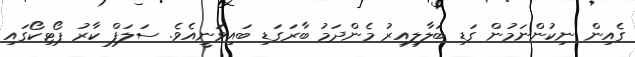
ގެއިން ނިކުންނަމުން ގަޑި ބަލާލިއިރު މެންދަމު ބާރަގަޑި ބައިވަނީއެވެ. ސަލަފް ކާރު ޕޯޓިކޯގައި